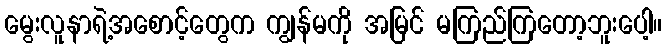
မွေးလူနာရဲ့အစောင့်တွေက ကျွန်မကို အမြင် မကြည်ကြတော့ဘူးပေါ့။